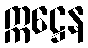
ဣဋ္ဌေန